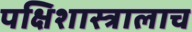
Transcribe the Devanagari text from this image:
पक्षिशास्त्रालाच